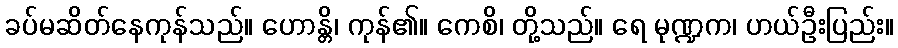
ခပ်မဆိတ်နေကုန်သည်။ ဟောန္တိ၊ ကုန်၏။ ကေစိ၊ တို့သည်။ ရေ မုဏ္ဍက၊ ဟယ်ဦးပြည်း။